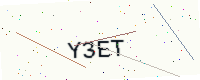
Text: Y3ET